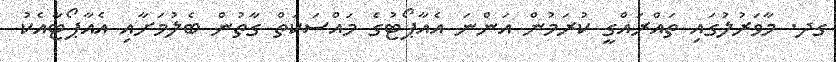
ގދ. މާވަރުލުގައި ތައްރައްގީ ކުރަމުން އަންނަ އެއާޕޯޓުގެ މައްސަކަތް ގާތުން ބެލުމަށާއި އެއާޕޯޓާއެކު